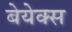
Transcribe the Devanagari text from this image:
बेयेक्स